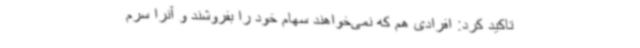
تاکید کرد: افرادی هم که نمی‌خواهند سهام خود را بفروشند و آنرا سرم